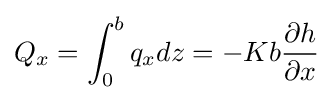
Q_{x}=\int _{0}^{b}q_{x}dz=-Kb{\frac {\partial h}{\partial x}}